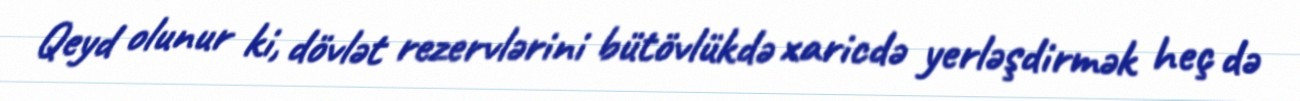
Qeyd olunur ki, dövlət rezervlərini bütövlükdə xaricdə yerləşdirmək heç də